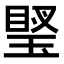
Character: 𤧩